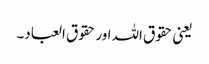
یعنی حقوق اللہ اور حقوق العباد۔